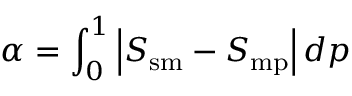
\alpha = \int _ { 0 } ^ { 1 } \left| S _ { \mathrm { s m } } - S _ { \mathrm { m p } } \right| d p